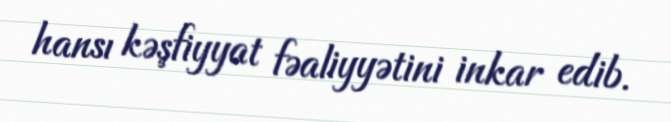
hansı kəşfiyyat fəaliyyətini inkar edib.